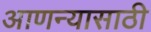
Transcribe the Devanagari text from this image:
आणन्यासाठी